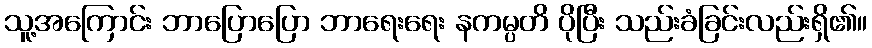
သူ့အကြောင်း ဘာပြောပြော ဘာရေးရေး နကမ္ပတိ ပိုပြီး သည်းခံခြင်းလည်းရှိ၏။